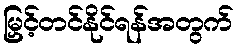
မြှင့်တင်နိုင်ရန်အတွက်